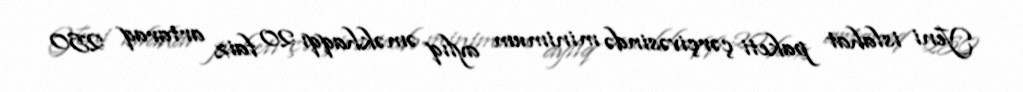
Yeni islahat paketi çərçivəsində minimum aylıq əməkhaqqı 20 faiz artaraq 250